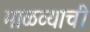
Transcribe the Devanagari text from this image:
माळव्याची